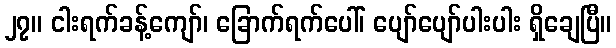
၂၇။ ငါးရက်ခန့်ကျော်၊ ခြောက်ရက်ပေါ်၊ ပျော်ပျော်ပါးပါး ရှိချေပြီ။